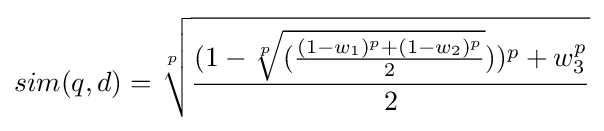
sim(q,d)={\sqrt[{p}]{\frac {(1-{\sqrt[{p}]{({\frac {(1-w_{1})^{p}+(1-w_{2})^{p}}{2}}}}))^{p}+w_{3}^{p}}{2}}}